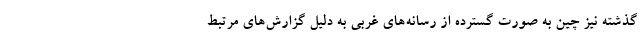
گذشته نیز چین به صورت گسترده از رسانه‌های غربی به دلیل گزارش‌های مرتبط